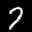
Label: 7